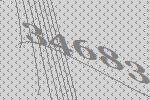
34683